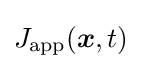
J_{\text{app}}({\boldsymbol {x}},t)